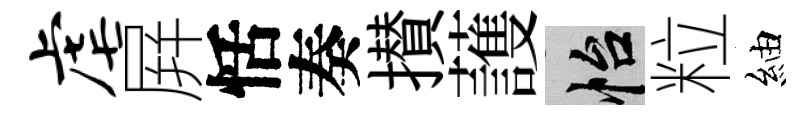
虐屛恬奏攅䕶怡粒紬